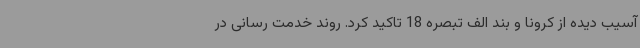
آسیب دیده از کرونا و بند الف تبصره 18 تاکید کرد. روند خدمت رسانی در